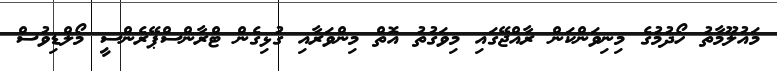
މައުލޫމާތު ހޯދުމުގެ މިނިވަންކަން ރާއްޖޭގައި މިވަގުތު އޮތް މިންވަރާއި ގުޅިގެން ޓްރާންސްޕޭރެންސީ މޯލްޑިވުސް